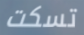
تسكت